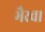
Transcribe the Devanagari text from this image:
भैरव।